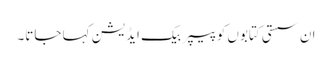
ان سستی کتابوں کو پیپر بیک ایڈیشن کہا جاتا۔